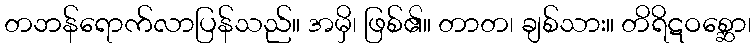
တဘန်ရောက်လာပြန်သည်။ အမှိ၊ ဖြစ်၏။ တာတ၊ ချစ်သား။ တိရိဋဝစ္ဆော၊